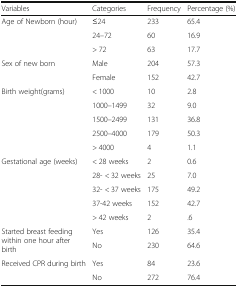
<table><thead><tr><td><b>Variables</b></td><td><b>Categories</b></td><td><b>Frequency</b></td><td><b>Percentage (%)</b></td></tr></thead><tbody><tr><td rowspan="3">Age of Newborn (hour)</td><td>≤24</td><td>233</td><td>65.4</td></tr><tr><td>24–72</td><td>60</td><td>16.9</td></tr><tr><td>&gt; 72</td><td>63</td><td>17.7</td></tr><tr><td rowspan="2">Sex of new born</td><td>Male</td><td>204</td><td>57.3</td></tr><tr><td>Female</td><td>152</td><td>42.7</td></tr><tr><td rowspan="5">Birth weight(grams)</td><td>&lt; 1000</td><td>10</td><td>2.8</td></tr><tr><td>1000–1499</td><td>32</td><td>9.0</td></tr><tr><td>1500–2499</td><td>131</td><td>36.8</td></tr><tr><td>2500–4000</td><td>179</td><td>50.3</td></tr><tr><td>&gt; 4000</td><td>4</td><td>1.1</td></tr><tr><td rowspan="5">Gestational age (weeks)</td><td>&lt; 28 weeks</td><td>2</td><td>0.6</td></tr><tr><td>28- &lt; 32 weeks</td><td>25</td><td>7.0</td></tr><tr><td>32- &lt; 37 weeks</td><td>175</td><td>49.2</td></tr><tr><td>37-42 weeks</td><td>152</td><td>42.7</td></tr><tr><td>&gt; 42 weeks</td><td>2</td><td>.6</td></tr><tr><td rowspan="2">Started breast feeding within one hour after birth</td><td>Yes</td><td>126</td><td>35.4</td></tr><tr><td>No</td><td>230</td><td>64.6</td></tr><tr><td rowspan="2">Received CPR during birth</td><td>Yes</td><td>84</td><td>23.6</td></tr><tr><td>No</td><td>272</td><td>76.4</td></tr></tbody></table>